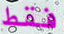
فقط